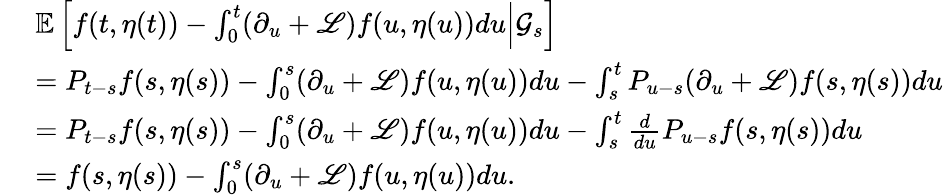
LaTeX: \begin{array}{rl}&{\mathbb{E}\left[f(t,\eta(t))-\int_{0}^{t}(\partial_{u}+\mathscr{L})f(u,\eta(u))du\Big\lvert\mathcal{G}_{s}\right]}\\ {\ }&{=P_{t-s}f(s,\eta(s))-\int_{0}^{s}(\partial_{u}+\mathscr{L})f(u,\eta(u))du-\int_{s}^{t}P_{u-s}(\partial_{u}+\mathscr{L})f(s,\eta(s))du}\\ {\ }&{=P_{t-s}f(s,\eta(s))-\int_{0}^{s}(\partial_{u}+\mathscr{L})f(u,\eta(u))du-\int_{s}^{t}\frac{d}{du}P_{u-s}f(s,\eta(s))du}\\ {\ }&{=f(s,\eta(s))-\int_{0}^{s}(\partial_{u}+\mathscr{L})f(u,\eta(u))du.}\end{array}